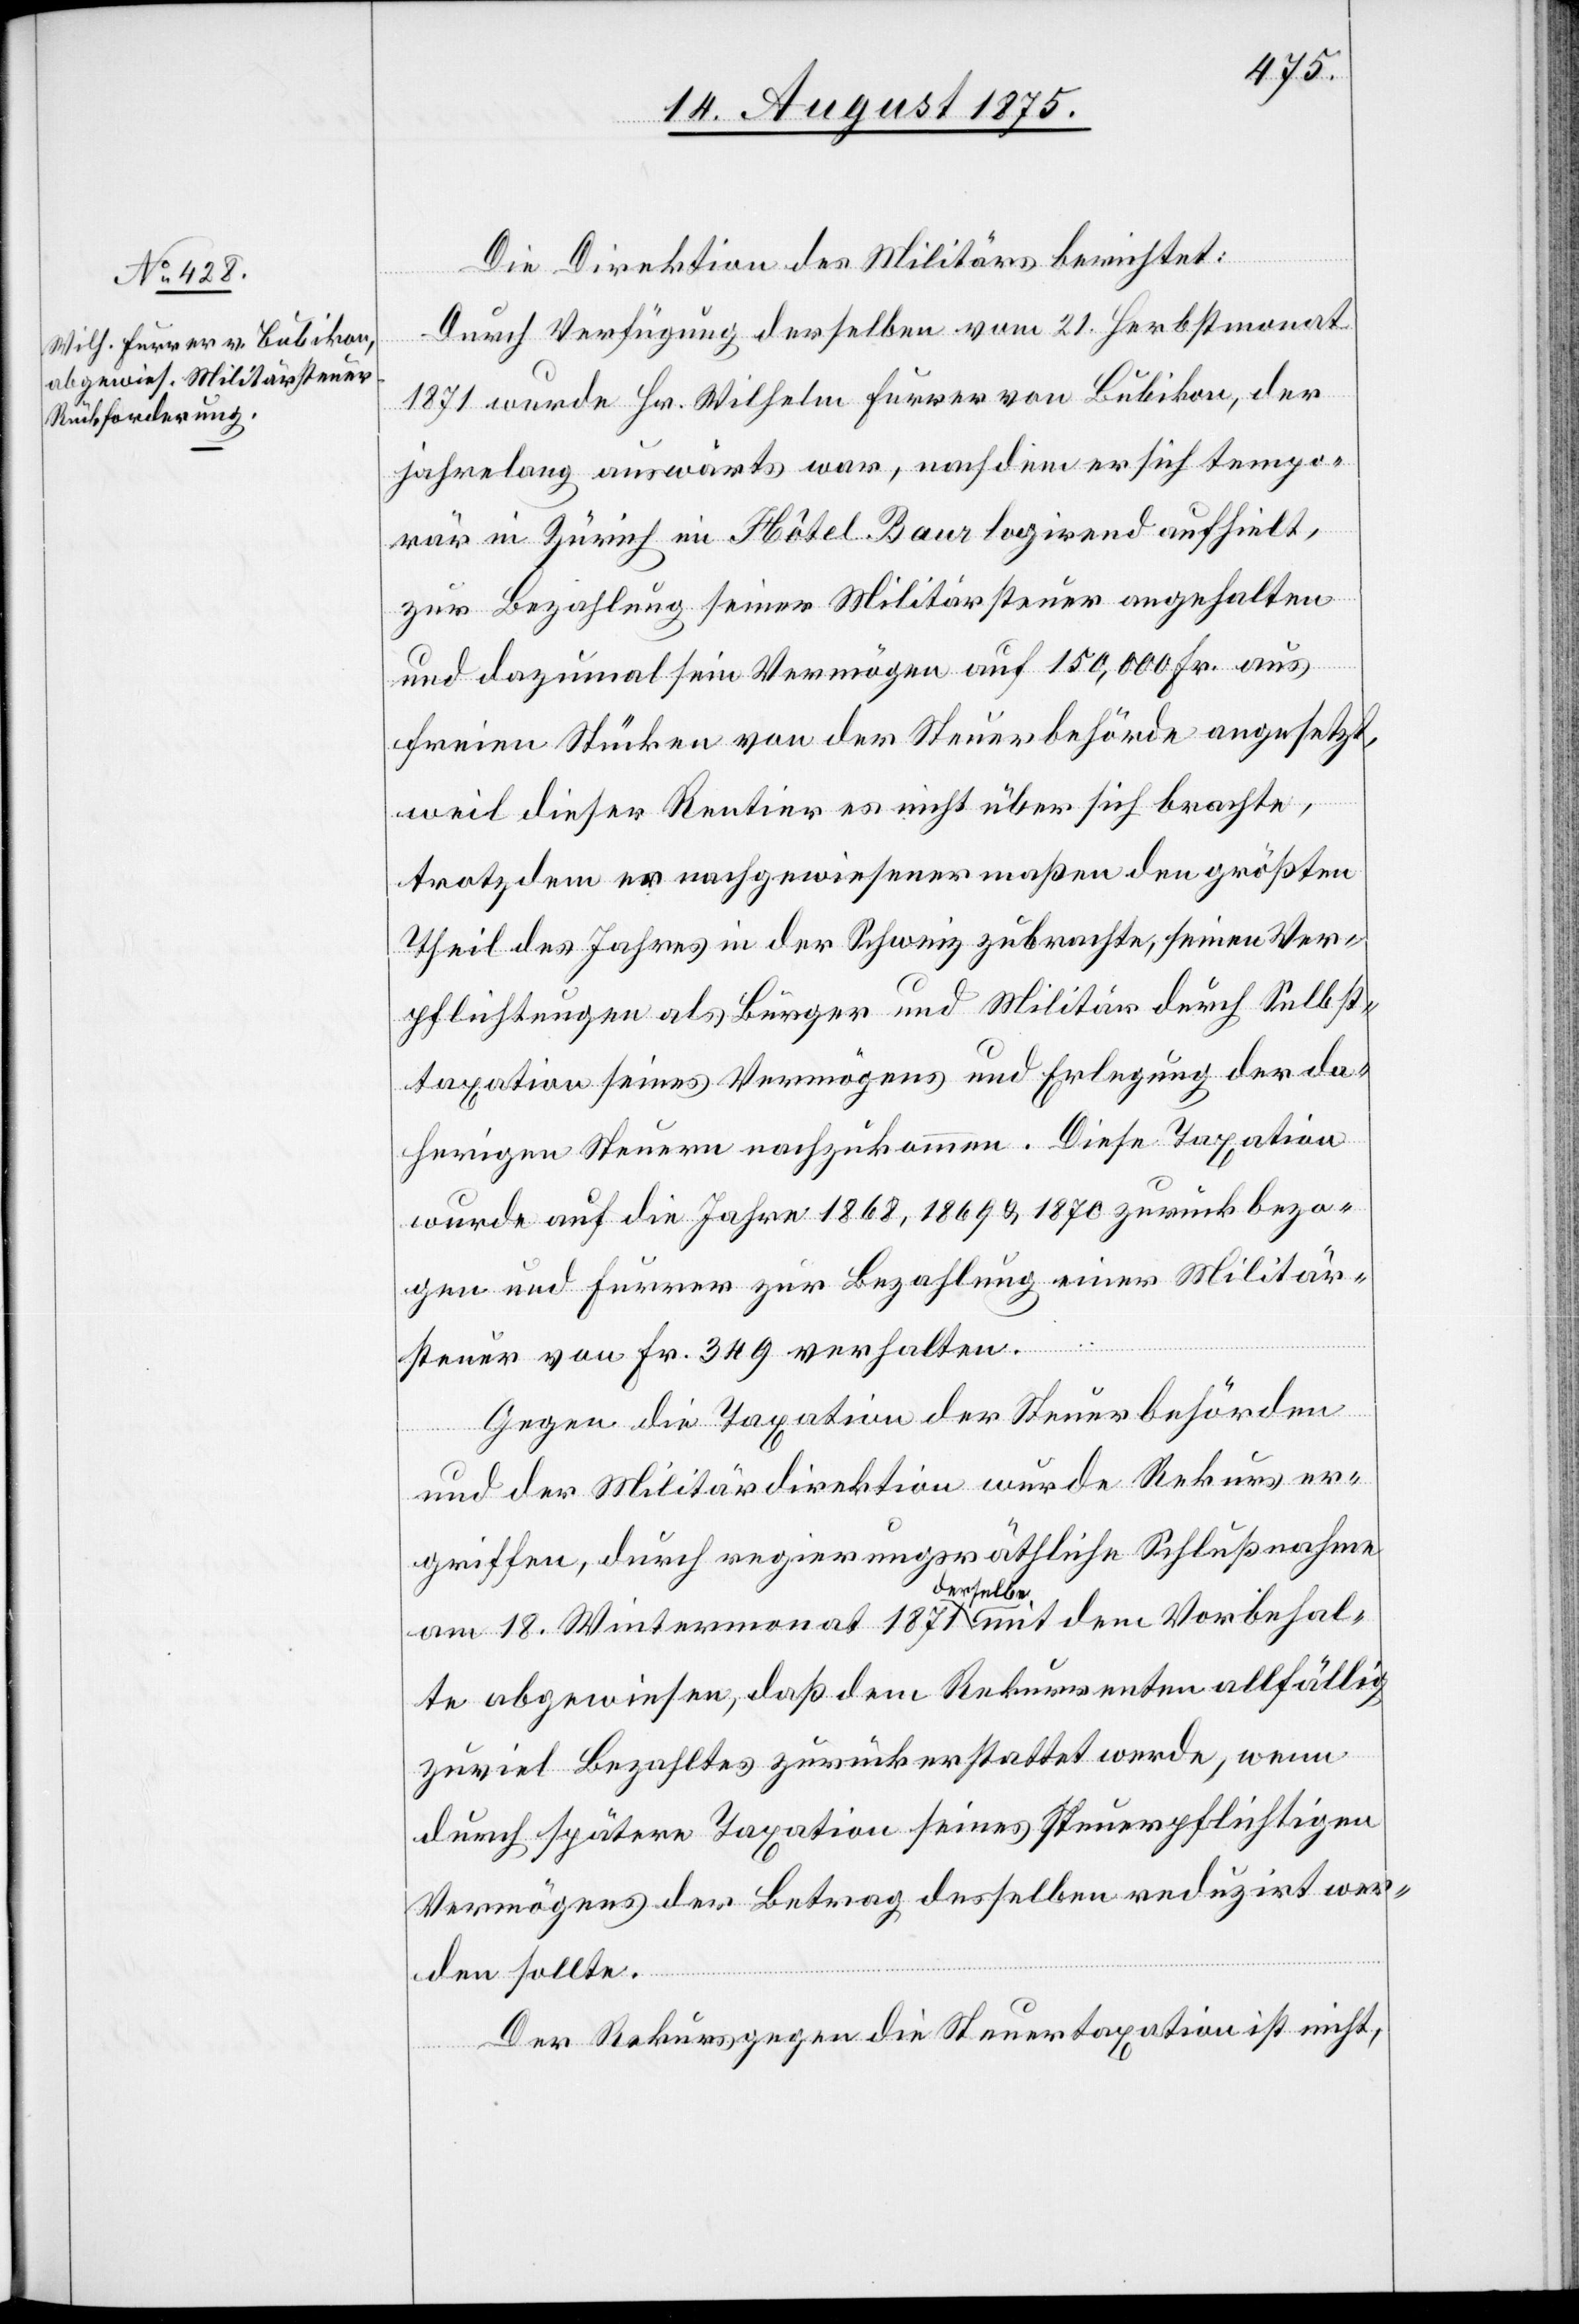
Die Direktion des Militärs berichtet:
Durch Verfügung derselben vom 21. Herbstmonat
1871 wurde Hr. Wilhelm Furrer von Bubikon, der
jahrelang auswärts war, nachdem er sich tempo¬
rär in Zürich im Hôtel Baur logirend aufhielt,
zur Bezahlung seiner Militärsteuer angehalten
und dazumal sein Vermögen auf 150,000 Fr. aus
freien Stücken von der Steuerbehörde angesetzt,
weil dieser Rentier es nicht über sich brachte,
trotzdem er nachgewiesenermaßen den größten
Theil des Jahres in der Schweiz zubrachte, seinen Ver¬
pflichtungen als Bürger und Militär durch Selbst¬
taxation seines Vermögens und Erlegung der da¬
herigen Steuern nachzukommen. Diese Taxation
wurde auf die Jahre 1868, 1869 & 1870 zurückbezo¬
gen und Furrer zur Bezahlung einer Militär¬
steuer von Fr. 349 verhalten.
Gegen die Taxation der Steuerbehörden
und der Militärdirektion wurde Rekurs er¬
griffen, durch regierungsräthliche Schlußnahme
am 18. Wintermonat 1871 derselbe mit dem Vorbehal¬
te abgewiesen, daß dem Rekurrenten allfällig
zuviel Bezahltes zurückerstattet werde, wenn
durch spätere Taxation seines steuerpflichtigen
Vermögens der Betrag desselben reduzirt wer¬
den sollte.
Der Rekurs gegen die Steuertaxation ist nicht,